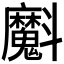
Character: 𭤞